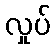
လှုပ်